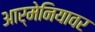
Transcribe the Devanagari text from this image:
आर्मेनियावर